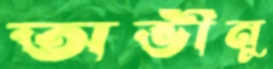
অভীনু